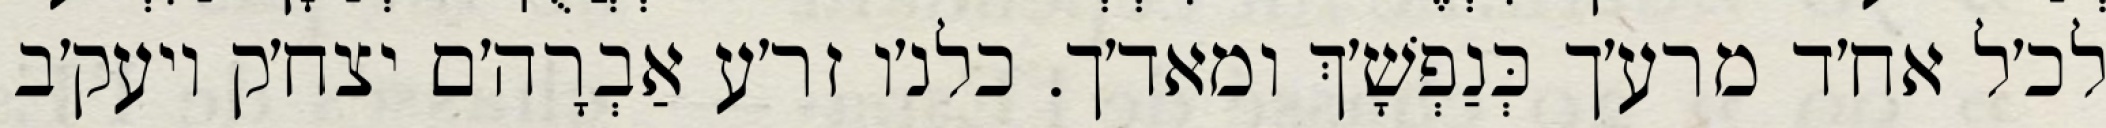
לכ׳ל אח׳ד מרע׳ך כְּנַפְשָׁ׳ךְ ומאד׳ך. כלנ׳ו זר׳ע אַבְרָה׳ם יצח׳ק ויעק׳ב